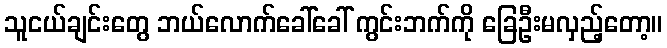
သူငယ်ချင်းတွေ ဘယ်လောက်ခေါ်ခေါ် ကွင်းဘက်ကို ခြေဦးမလှည့်တော့။